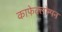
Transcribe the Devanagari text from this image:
काफेक्लोम्पन